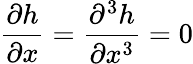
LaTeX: \frac{\partial h}{\partial x}=\frac{\partial^{3}h}{\partial x^{3}}=0